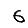
Digit: 6